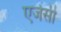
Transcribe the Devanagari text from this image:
एजेसी